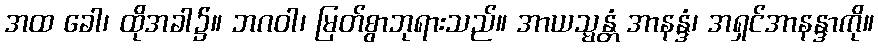
အထ ခေါ၊ ထိုအခါ၌။ ဘဂဝါ၊ မြတ်စွာဘုရားသည်။ အာယသ္မန္တံ အာနန္ဒံ၊ အရှင်အာနန္ဒာကို။